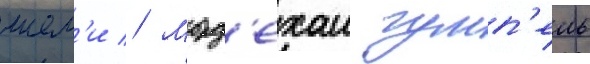
шем'и // Морд'ехаи гумп'ель